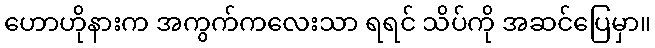
ဟောဟိုနားက အကွက်ကလေးသာ ရရင် သိပ်ကို အဆင်ပြေမှာ။